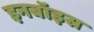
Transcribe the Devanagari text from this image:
इनबॉइस